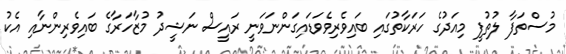
މުސްތަފާ ލުތުފީ މިއަދުގެ ހަރަކާތުގައި ބައިވެރިވެވަޑައިގަންނަވަނީ ރައީސް ނަޝީދު މުޒާހަރާގެ ބައިވެރިންނާއި އެކު